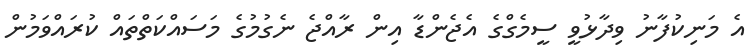
އެ މަނިކުފާނު ވިދާޅުވީ ސީމެގްގެ އެޖެންޑާ އިން ރާއްޖެ ނެގުމުގެ މަސައްކަތްތައް ކުރައްވަމުން